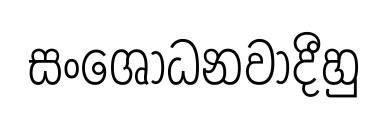
සංශෝධනවාදීහු